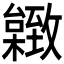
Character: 𦥐